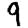
Digit: 9